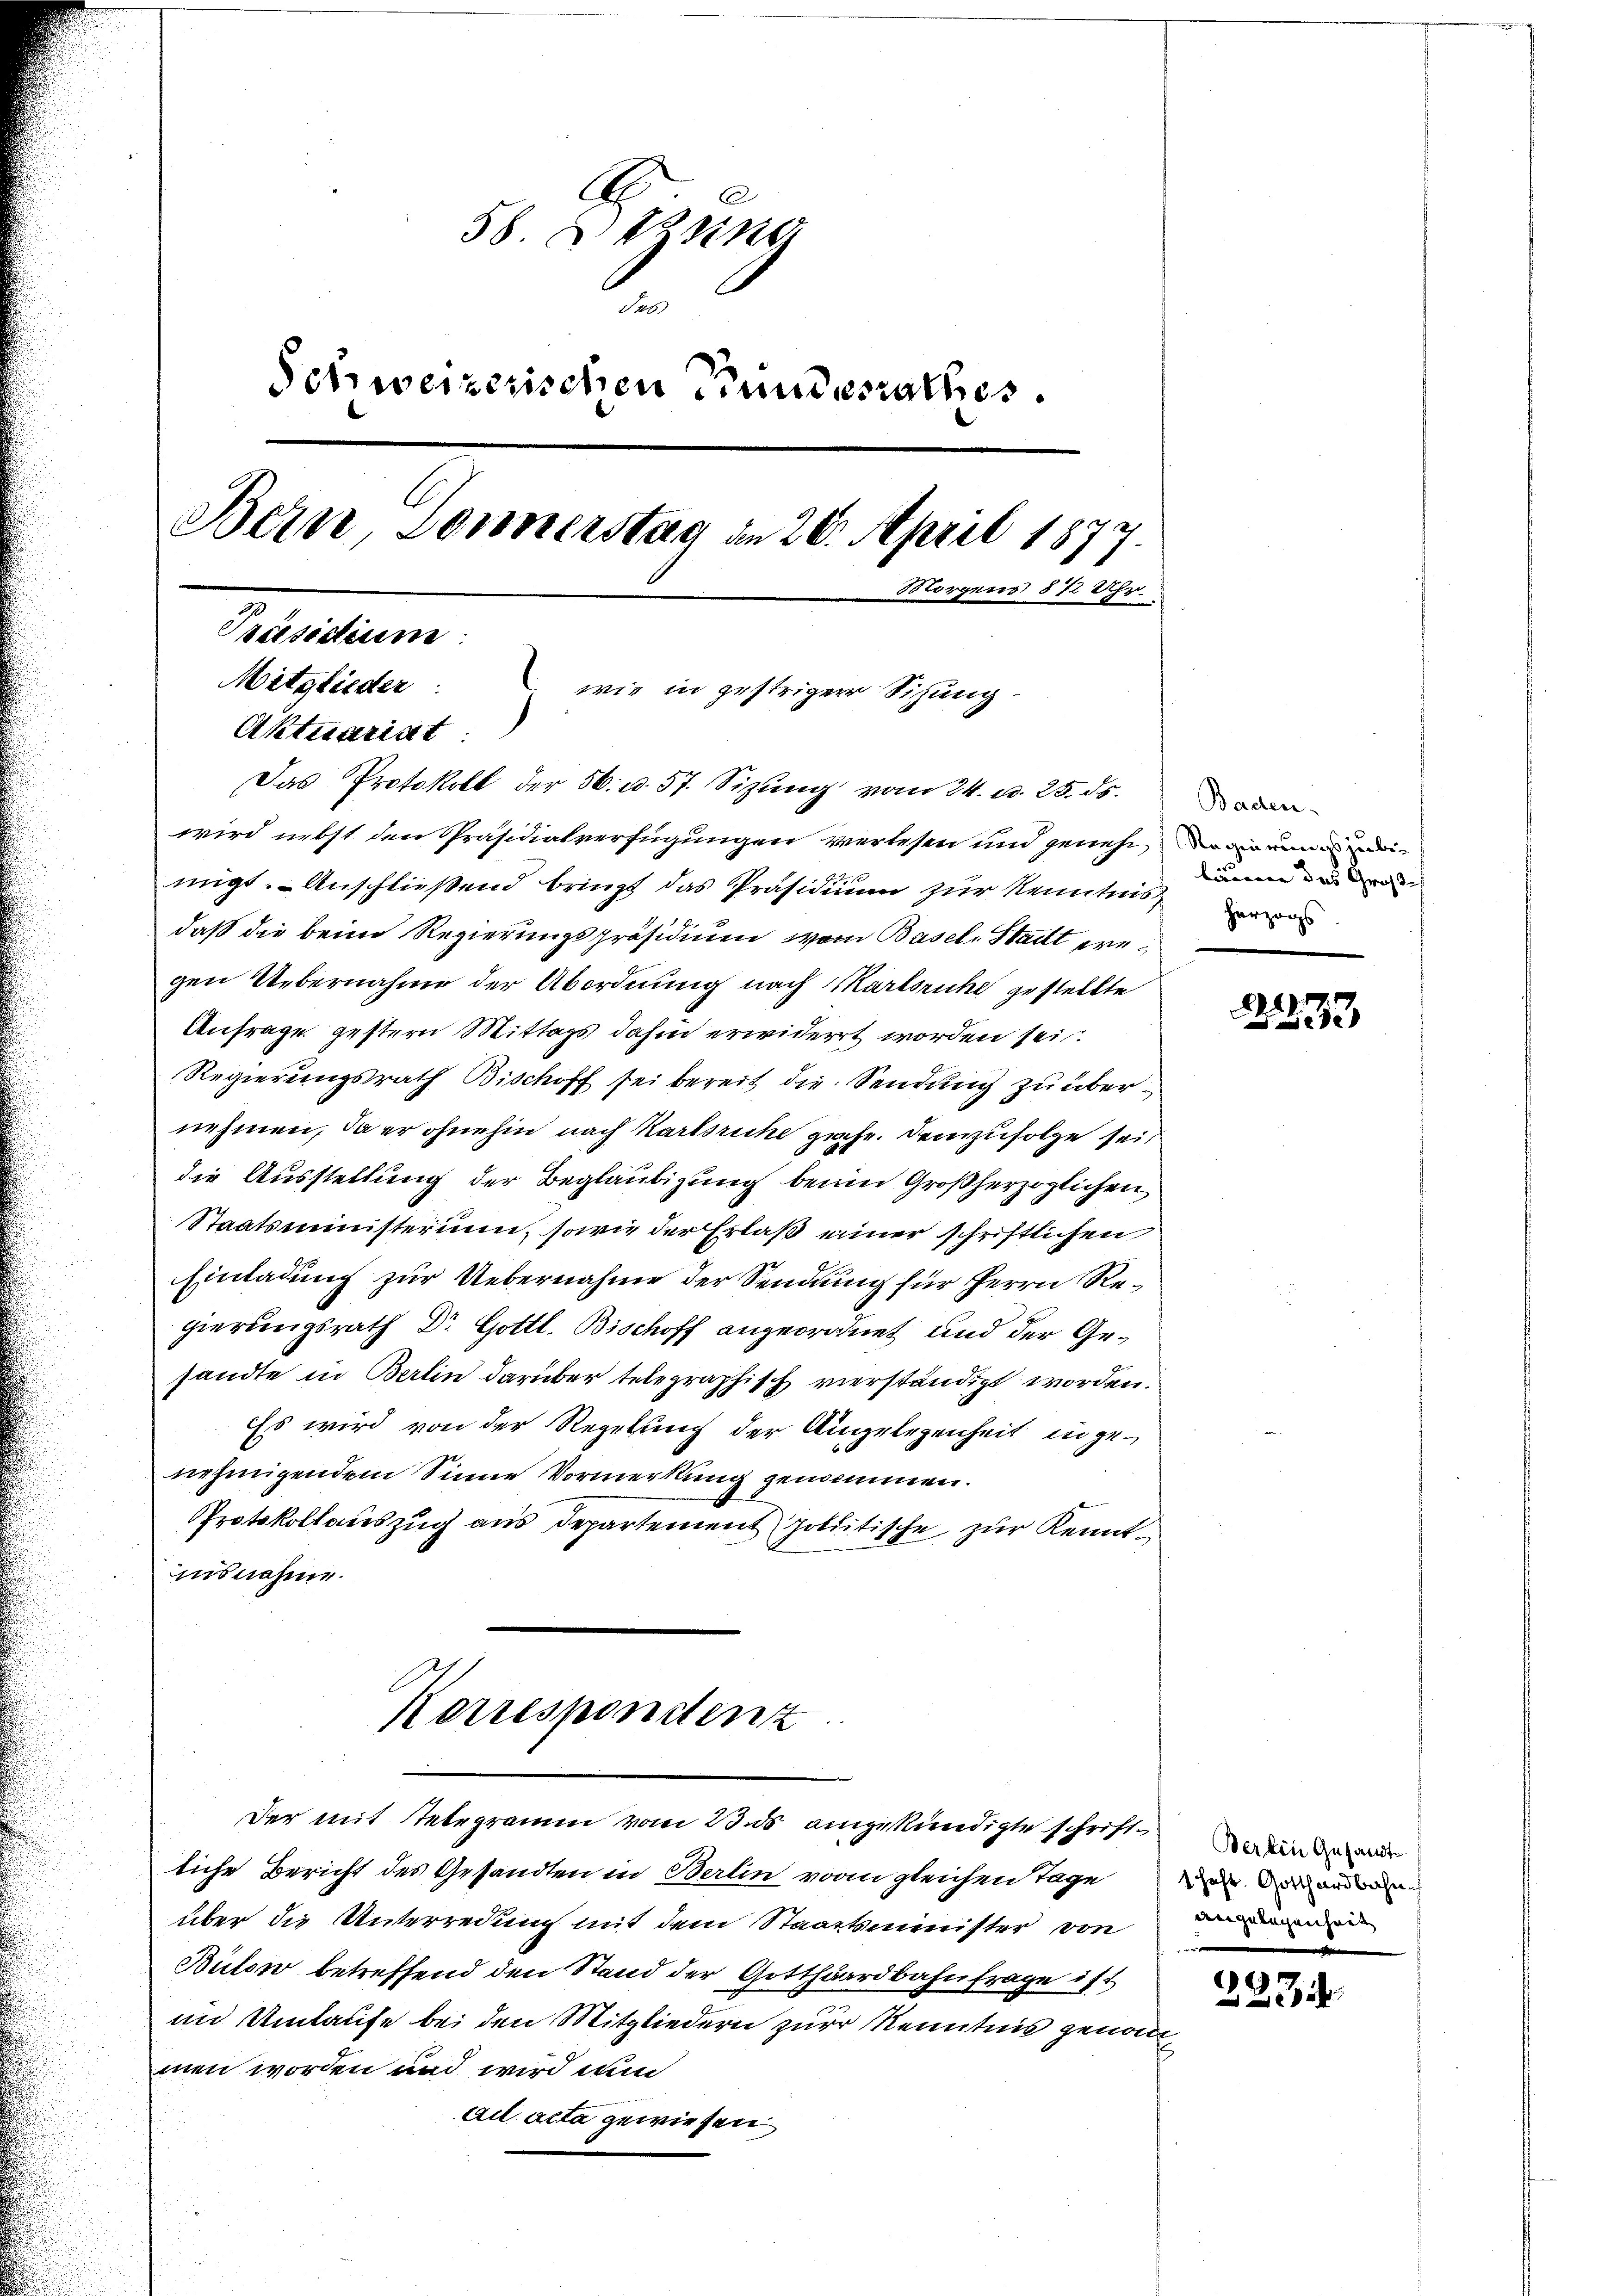
wird nebst den Präsidialverfügungen verlesen und geneh
migt. Anschließend bringt das Präsidium zur Kenntnis und
daß die beim Regierungspräsidium vom Basel. Stadt pregen Übernahme der Abordnung nach Karlsruhe gestellte
Anfrage gestern Mittags dahin erwiderrt worden sei.
Regierungsrath Bischoff sei bereit die Sendung zu übernehmen, da er ohnehin nach Karlsruhe gehe. Demzufolge sei
die Ausstellung der Beglaubigung beim Großherzoglichen
Staatsministerium, sowie der Erlaß einer schriftlichen
Einladung zur Uebernahme der Sendung für Herrn Regierungsrath Dr Gottl. Bischoff angeordnet und der Gesandte in Berlin darüber telegraphisch verständigt worden.
Es wird von der Regelung der Angelegenheit in genehmigendem Sinne Vormerkung genommen.
Protokollauszug aus Departement politische zur Kenntinsnahme.
Korrespondenz
Der mit Telegramm vom 23. ds angekündigte schriften der
liche Bericht des Gesandten in Berlin vorn gleichen Tage der dann
über die Unterredung mit dem Staatsminister von
Bülow betreffend den Stand der Gotthardbahnfrage ist
im Umlaufe bei den Mitgliedern zur Kenntnis genommen worden und wird nun
ail acta gewiesen.

58. Bring
.
Schweizerischen Fundesrathes.
Bern, Sonnerstag an 20. April 1877.
Morgens § 72 Uhr
Präsidium
Mitglieder
 wie in gestriger Sihung
Aktuariat
Das Protokoll der 5. u. 57. Sizŭng vom 24. d. 25. ds.

22233

2234

Regierungsjubi-
herzogs

Angelegenheit
e